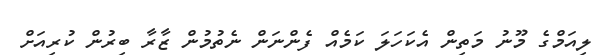
ލިއަމްގެ މޫނު މަތިން އެކަހަލަ ކަމެއް ފެންނަން ނެތުމުން ޒާރާ ބިރުން ކުރިއަށް